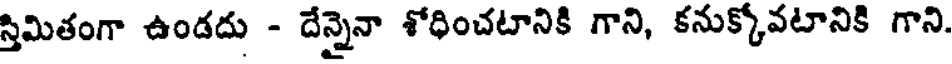
స్తిమితంగా ఉండదు - దేన్నైనా శోధించటానికి గాని, కనుక్కోవటానికి గాని.